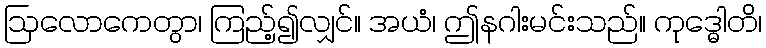
ဩလောကေတွာ၊ ကြည့်၍လျှင်။ အယံ၊ ဤနဂါးမင်းသည်။ ကုဒ္ဓေါတိ၊